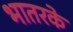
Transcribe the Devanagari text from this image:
भातरके